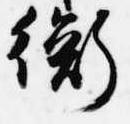
衡